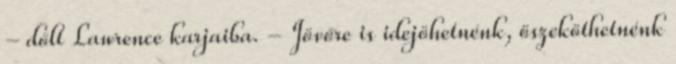
- dőlt Lawrence karjaiba. - Jövőre is idejöhetnénk, öszeköthetnénk